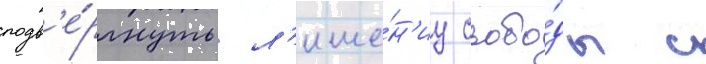
подв'е́ргнуть л'ише́н'иу свобо́ды с